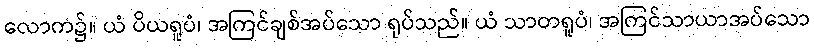
လောက၌။ ယံ ပိယရူပံ၊ အကြင်ချစ်အပ်သော ရုပ်သည်။ ယံ သာတရူပံ၊ အကြင်သာယာအပ်သော